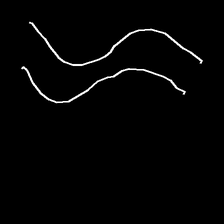
Glyph: float